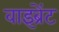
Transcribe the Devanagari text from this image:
वाइब्रेंट